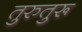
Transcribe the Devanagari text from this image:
तुरुतुरू